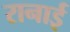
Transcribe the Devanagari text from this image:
रानाई